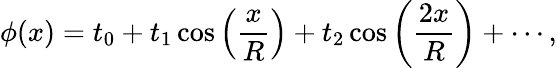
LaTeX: \phi(x)=t_{0}+t_{1}\cos\left({\frac{x}{R}}\right)+t_{2}\cos\left({\frac{{2x}}{R}}\right)+\cdots,